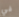
في